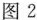
图2